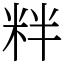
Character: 䉽